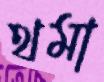
থমা